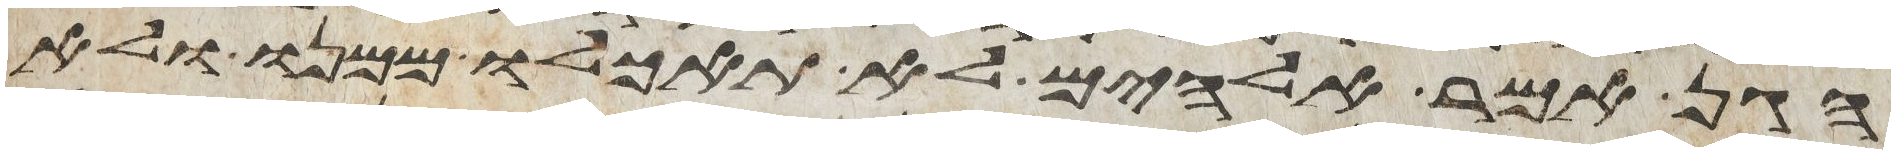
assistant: הגן אמר אלהים לא תאכלו ממנו ולא